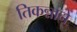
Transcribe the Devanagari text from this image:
तिकन्नाने